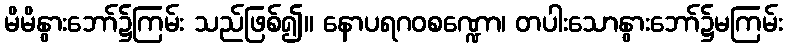
မိမိနွားဘော်၌ကြမ်း သည်ဖြစ်၍။ နောပရဂဝစဏ္ဍော၊ တပါးသောနွားဘော်၌မကြမ်း